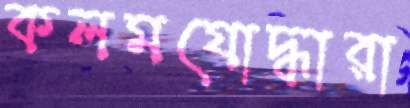
কলমযোদ্ধারা